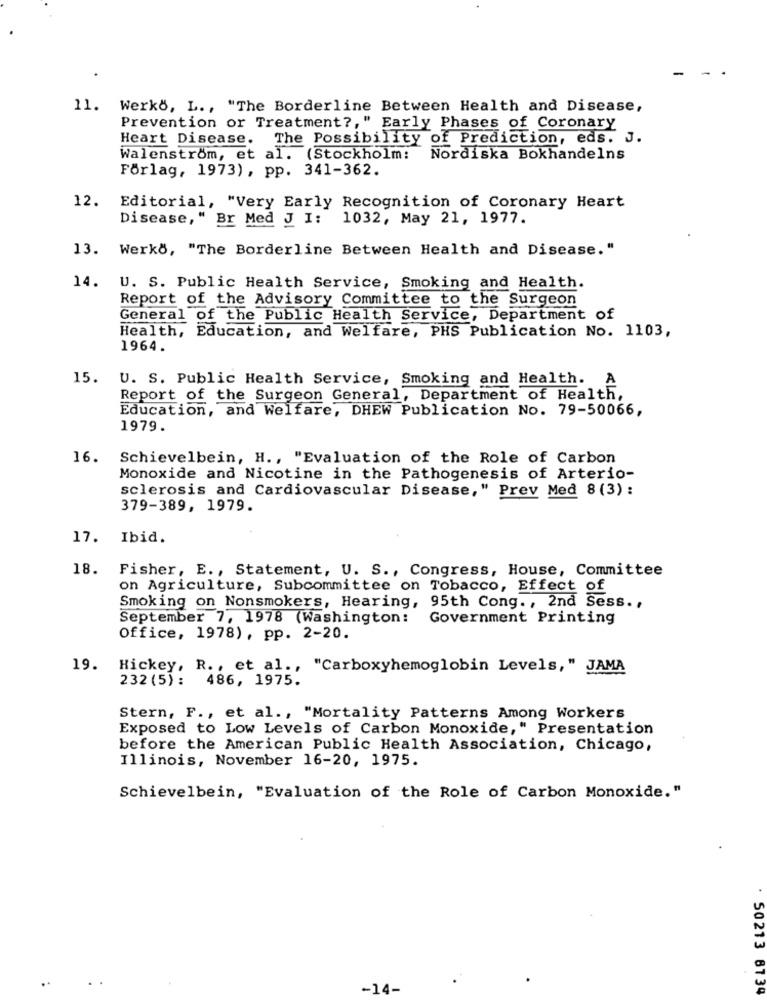
-
-
11. Werkö, L ., "The Borderline Between Health and Disease,
Prevention or Treatment ?, " Early Phases of Coronary
Heart Disease. The Possibility of Prediction, eds. J.
Walenström, et al. (Stockholm: Nordiska Bokhandelns
Förlag, 1973), pp. 341-362.
12.
Editorial, "Very Early Recognition of Coronary Heart
Disease," Br Med J I: 1032, May 21, 1977.
13. Werko, "The Borderline Between Health and Disease. "
14.
U. S. Public Health Service, Smoking and Health.
Report of the Advisory Committee to the Surgeon
General of the Public Health Service, Department of
Health, Education, and Welfare, PHS Publication No. 1103,
1964.
15.
U. S. Public Health Service, Smoking and Health. A
Report of the Surgeon General, Department of Health,
Education, and Welfare, DHEW Publication No. 79-50066,
1979.
16. Schievelbein, H ., "Evaluation of the Role of Carbon
Monoxide and Nicotine in the Pathogenesis of Arterio-
sclerosis and Cardiovascular Disease," Prev Med 8 (3) :
379-389, 1979.
17. Ibid.
18. Fisher, E ., Statement, U. S ., Congress, House, Committee
on Agriculture, Subcommittee on Tobacco, Effect of
Smoking on Nonsmokers, Hearing, 95th Cong ., 2nd Sess .,
September 7, 1978 (Washington:
Government Printing
Office, 1978), pp. 2-20.
19.
Hickey, R ., et al ., "Carboxyhemoglobin Levels," JAMA
232 (5) : 486, 1975.
Stern, F ., et al ., "Mortality Patterns Among Workers
Exposed to Low Levels of Carbon Monoxide," Presentation
before the American Public Health Association, Chicago,
Illinois, November 16-20, 1975.
Schievelbein, "Evaluation of the Role of Carbon Monoxide."
-14-
50213 6134